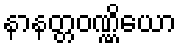
နာနတ္တဝဏ္ဏိယော